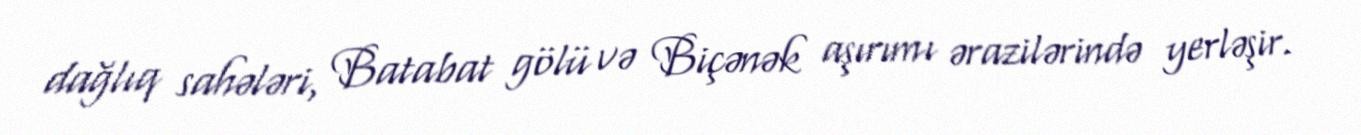
dağlıq sahələri, Batabat gölü və Biçənək aşırımı ərazilərində yerləşir.